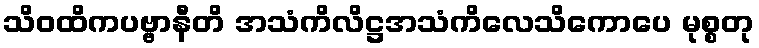
သိဝထိကပဗ္ဗာနီတိ အသံကိလိဋ္ဌအသံကိလေသိကောပေ မုစ္စတု